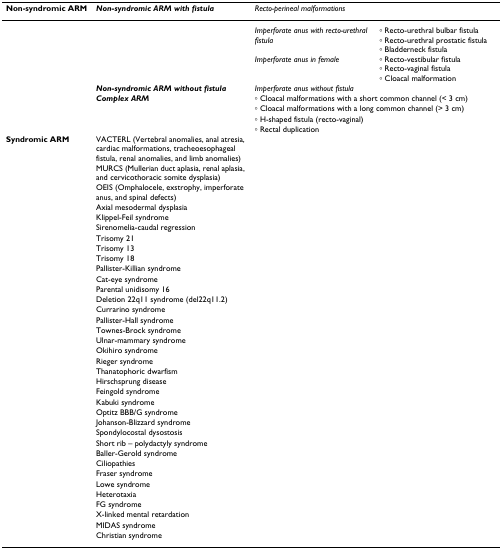
<table><thead><tr><td><b>Non-syndromic ARM</b></td><td><b><i>Non-syndromic ARM with fistula</i></b></td><td><b><i>Recto-perineal malformations</i></b></td><td></td></tr></thead><tbody><tr><td></td><td></td><td><i>Imperforate anus with recto-urethral fistula</i></td><td>◦ Recto-urethral bulbar fistula◦ Recto-urethral prostatic fistula◦ Bladderneck fistula</td></tr><tr><td></td><td></td><td><i>Imperforate anus in female</i></td><td>◦ Recto-vestibular fistula◦ Recto-vaginal fistula◦ Cloacal malformation</td></tr><tr><td></td><td><b><i>Non-syndromic ARM without fistula</i></b></td><td><i>Imperforate anus without fistula</i></td><td></td></tr><tr><td></td><td><b><i>Complex ARM</i></b></td><td colspan="2">◦ Cloacal malformations with a short common channel (&lt; 3 cm)</td></tr><tr><td></td><td></td><td colspan="2">◦ Cloacal malformations with a long common channel (&gt; 3 cm)</td></tr><tr><td></td><td></td><td colspan="2">◦ H-shaped fistula (recto-vaginal)</td></tr><tr><td></td><td></td><td colspan="2">◦ Rectal duplication</td></tr><tr><td><b>Syndromic ARM</b></td><td>VACTERL (Vertebral anomalies, anal atresia, cardiac malformations, tracheoesophageal fistula, renal anomalies, and limb anomalies)</td><td></td><td></td></tr><tr><td></td><td>MURCS (Mullerian duct aplasia, renal aplasia, and cervicothoracic somite dysplasia)</td><td></td><td></td></tr><tr><td></td><td>OEIS (Omphalocele, exstrophy, imperforate anus, and spinal defects)</td><td></td><td></td></tr><tr><td></td><td>Axial mesodermal dysplasia</td><td></td><td></td></tr><tr><td></td><td>Klippel-Feil syndrome</td><td></td><td></td></tr><tr><td></td><td>Sirenomelia-caudal regression</td><td></td><td></td></tr><tr><td></td><td>Trisomy 21</td><td></td><td></td></tr><tr><td></td><td>Trisomy 13</td><td></td><td></td></tr><tr><td></td><td>Trisomy 18</td><td></td><td></td></tr><tr><td></td><td>Pallister-Killian syndrome</td><td></td><td></td></tr><tr><td></td><td>Cat-eye syndrome</td><td></td><td></td></tr><tr><td></td><td>Parental unidisomy 16</td><td></td><td></td></tr><tr><td></td><td>Deletion 22q11 syndrome (del22q11.2)</td><td></td><td></td></tr><tr><td></td><td>Currarino syndrome</td><td></td><td></td></tr><tr><td></td><td>Pallister-Hall syndrome</td><td></td><td></td></tr><tr><td></td><td>Townes-Brock syndrome</td><td></td><td></td></tr><tr><td></td><td>Ulnar-mammary syndrome</td><td></td><td></td></tr><tr><td></td><td>Okihiro syndrome</td><td></td><td></td></tr><tr><td></td><td>Rieger syndrome</td><td></td><td></td></tr><tr><td></td><td>Thanatophoric dwarfism</td><td></td><td></td></tr><tr><td></td><td>Hirschsprung disease</td><td></td><td></td></tr><tr><td></td><td>Feingold syndrome</td><td></td><td></td></tr><tr><td></td><td>Kabuki syndrome</td><td></td><td></td></tr><tr><td></td><td>Optitz BBB/G syndrome</td><td></td><td></td></tr><tr><td></td><td>Johanson-Blizzard syndrome</td><td></td><td></td></tr><tr><td></td><td>Spondylocostal dysostosis</td><td></td><td></td></tr><tr><td></td><td>Short rib – polydactyly syndrome</td><td></td><td></td></tr><tr><td></td><td>Baller-Gerold syndrome</td><td></td><td></td></tr><tr><td></td><td>Ciliopathies</td><td></td><td></td></tr><tr><td></td><td>Fraser syndrome</td><td></td><td></td></tr><tr><td></td><td>Lowe syndrome</td><td></td><td></td></tr><tr><td></td><td>Heterotaxia</td><td></td><td></td></tr><tr><td></td><td>FG syndrome</td><td></td><td></td></tr><tr><td></td><td>X-linked mental retardation</td><td></td><td></td></tr><tr><td></td><td>MIDAS syndrome</td><td></td><td></td></tr><tr><td></td><td>Christian syndrome</td><td></td><td></td></tr></tbody></table>